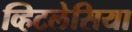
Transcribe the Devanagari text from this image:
व्हिटलेसिया